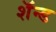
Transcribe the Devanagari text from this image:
शॅन्ड